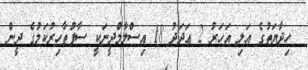
ހިދާޔަތުގެ އަލި އަހަރު 2 ޢަދަދު 18 އިސްލާމްދީނަކީ ސާފުޠާހިރުކަމުގެ ދީން